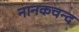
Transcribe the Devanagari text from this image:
नानकचन्द